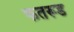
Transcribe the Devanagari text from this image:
फतरूड